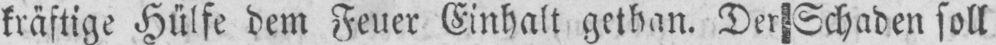
kräftige Hülfe dem Feuer Einhalt gethan. Der Schaden soll